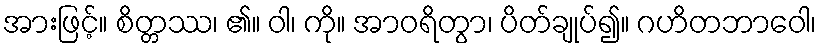
အားဖြင့်။ စိတ္တဿ၊ ၏။ ဝါ၊ ကို။ အာဝရိတွာ၊ ပိတ်ချုပ်၍။ ဂဟိတဘာဝေါ၊